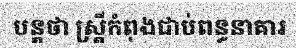
បន្តថា ស្ត្រីកំពុងជាប់ពន្ធនាគារ